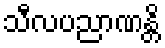
သီလပညာဏန္တိ